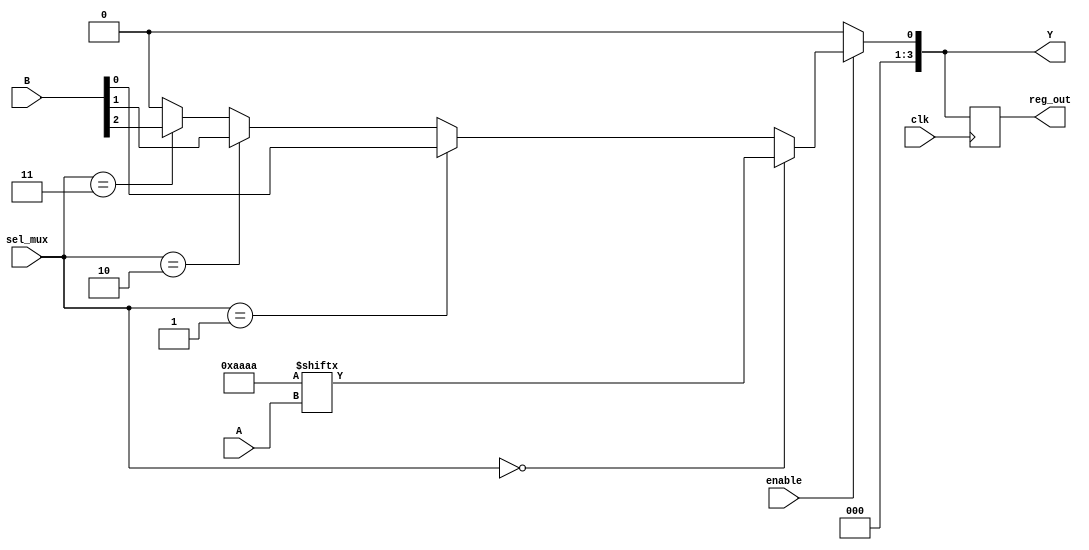
module CLB (
    input wire [3:0] A,         // 4-bit input for LUT
    input wire [3:0] B,         // 4-bit input for LUT
    input wire [1:0] sel_mux,   // MUX select signal
    input wire enable,           // Enable signal
    input wire clk,             // Clock signal for registers
    output wire [3:0] Y,        // 4-bit output
    output wire [3:0] reg_out    // Output from register
);

    // Lookup Table (LUT) - 4-input LUT
    reg [15:0] lut; // 16 possible combinations for 4 inputs
    wire lut_out;

    // Initialize LUT with some example truth table
    initial begin
        lut = 16'b1010101010101010; // Example truth table
    end

    // LUT functionality
    assign lut_out = lut[{A[3], A[2], A[1], A[0]}];

    // Multiplexer to select between LUT output and another input
    wire mux_out;
    assign mux_out = (sel_mux == 2'b00) ? lut_out :
                     (sel_mux == 2'b01) ? B[0] :
                     (sel_mux == 2'b10) ? B[1] :
                     (sel_mux == 2'b11) ? B[2] : 1'b0;

    // Enable signal control
    assign Y = enable ? mux_out : 4'b0000;

    // Register to store output
    reg [3:0] reg_value;
    always @(posedge clk) begin
        reg_value <= Y;
    end

    assign reg_out = reg_value;

endmodule